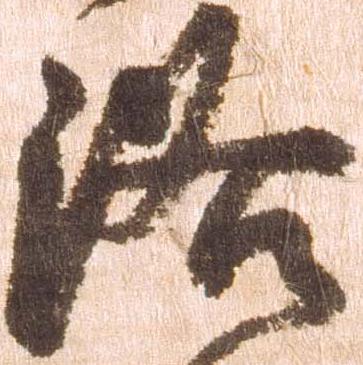
洛